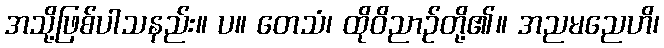
အသို့ဖြစ်ပါသနည်း။ ပ။ တေသံ၊ ထိုဝိညာဉ်တို့၏။ အညမညေဟိ၊